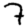
Digit: 7